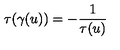
\tau ( \gamma ( u ) ) = - \frac { 1 } { \tau ( u ) }